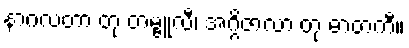
နာဂလတာ တု တမ္ဗူလီ၊ အဂ္ဂိဇာလာ တု ဓာတကီ။